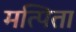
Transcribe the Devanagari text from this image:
मत्पिता